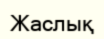
Жаслық